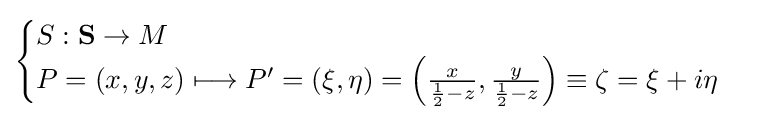
{\begin{cases}S:\mathbf {S} \to M\\P=(x,y,z)\longmapsto P'=(\xi ,\eta )=\left({\frac {x}{{\frac {1}{2}}-z}},{\frac {y}{{\frac {1}{2}}-z}}\right)\equiv \zeta =\xi +i\eta \end{cases}}